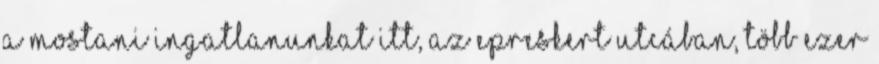
a mostani ingatlanunkat itt, az Epreskert utcában, több ezer